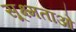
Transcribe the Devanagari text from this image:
सूक्ष्मताओ